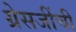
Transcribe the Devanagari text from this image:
ग्रेसजींची